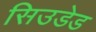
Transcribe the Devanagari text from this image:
सिउडेड